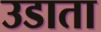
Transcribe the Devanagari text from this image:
उडाता